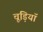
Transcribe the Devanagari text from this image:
चूड़ियॉ